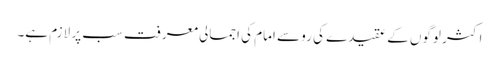
اکثر لوگوں کے عقیدے کی رو سے امام کی اجمالی معرفت سب پر لازم ہے۔